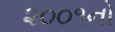
૨૦૦૧નો